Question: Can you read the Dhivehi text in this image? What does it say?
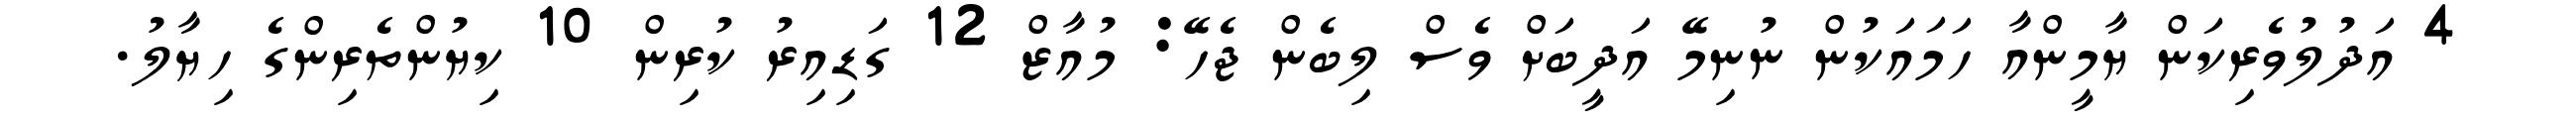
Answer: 4 އަދުލުވެރިކަން ޔާމީންއާ ހަމައަކުން ނުނިމޭ އަދީބަށް ވެސް ލިބެން ޖެހޭ: މުއާޒް 12 ގަޑިއިރު ކުރިން 10 ކިޔުންތެރިންގެ ހިޔާލު.